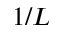
1 / L